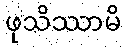
ဖုသိဿာမိ